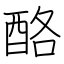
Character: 酪